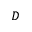
D